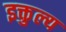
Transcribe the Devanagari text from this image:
इक्तुल्य